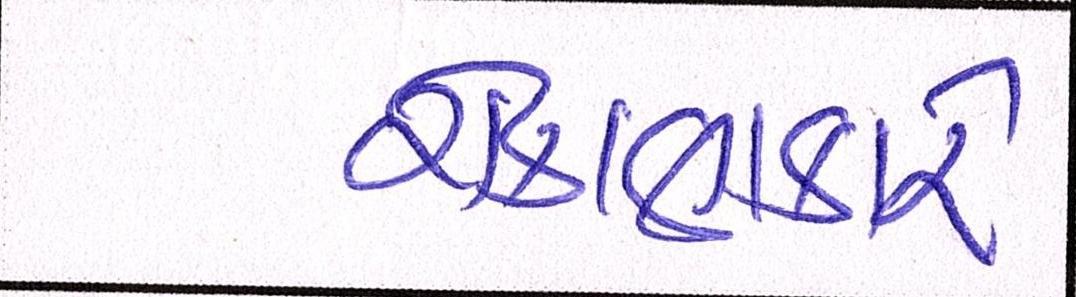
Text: રોકાણકારે